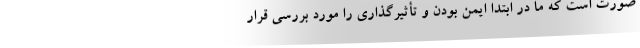
صورت است که ما در ابتدا ایمن‌ بودن و تأثیرگذاری را مورد بررسی قرار